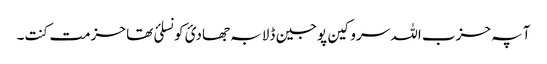
آ پہ حزب اللہ سروکین پوجین ڈلا بہ جھادئ کونسلئ تھا حزمت کنت۔